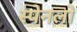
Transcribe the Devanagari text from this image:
स्पेनलो